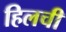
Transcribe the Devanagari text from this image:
हिलची